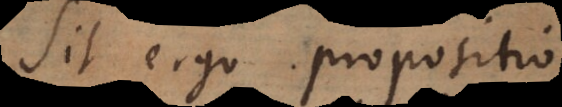
Sit ergo propositio